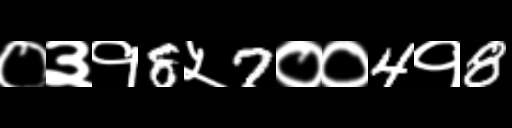
Text: ०३१8५7००4१8